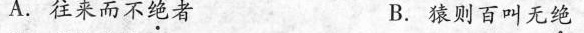
A.往来而不绝者 B.猿则百叫无绝